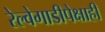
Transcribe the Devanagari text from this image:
रेल्वेगाडीपेक्षाही